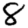
Digit: 8